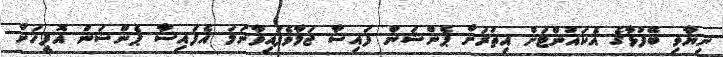
ނިޔާވި ބޭފުޅާގެ އެކައުންޓަށް އިތުރަށް ޕެންޝަން ފައިސާ ޖަމާވެފައިވާނަމަ އެފައިސާ ޕެންޝަން އޮފީހަށް